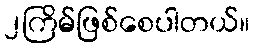
၂ကြိမ်ဖြစ်စေပါတယ်။